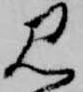
見